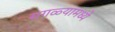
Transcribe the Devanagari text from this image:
सगळ्यामध्ये